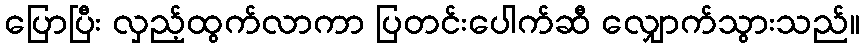
ပြောပြီး လှည့်ထွက်လာကာ ပြတင်းပေါက်ဆီ လျှောက်သွားသည်။